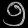
Digit: ၅